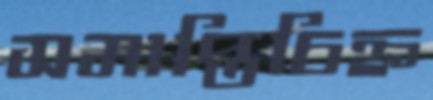
সমাপ্তিচিহ্ন